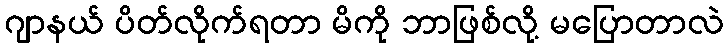
ဂျာနယ် ပိတ်လိုက်ရတာ မိကို ဘာဖြစ်လို့ မပြောတာလဲ